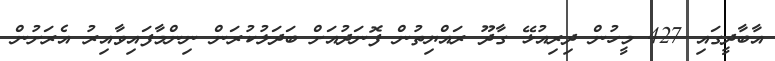
އާބާދީގައި 427 މީހުން ދިރިއުޅޭ ގާދޫ ރައްޔިތުން ފޮނަދުއަށް ބަދަލުކުރަން ނިންމާފައިވާއިރު އެރަށުން